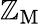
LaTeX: \mathbb{Z}_{\mathrm{{M}}}